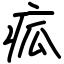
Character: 㽿